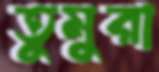
তুমুরা